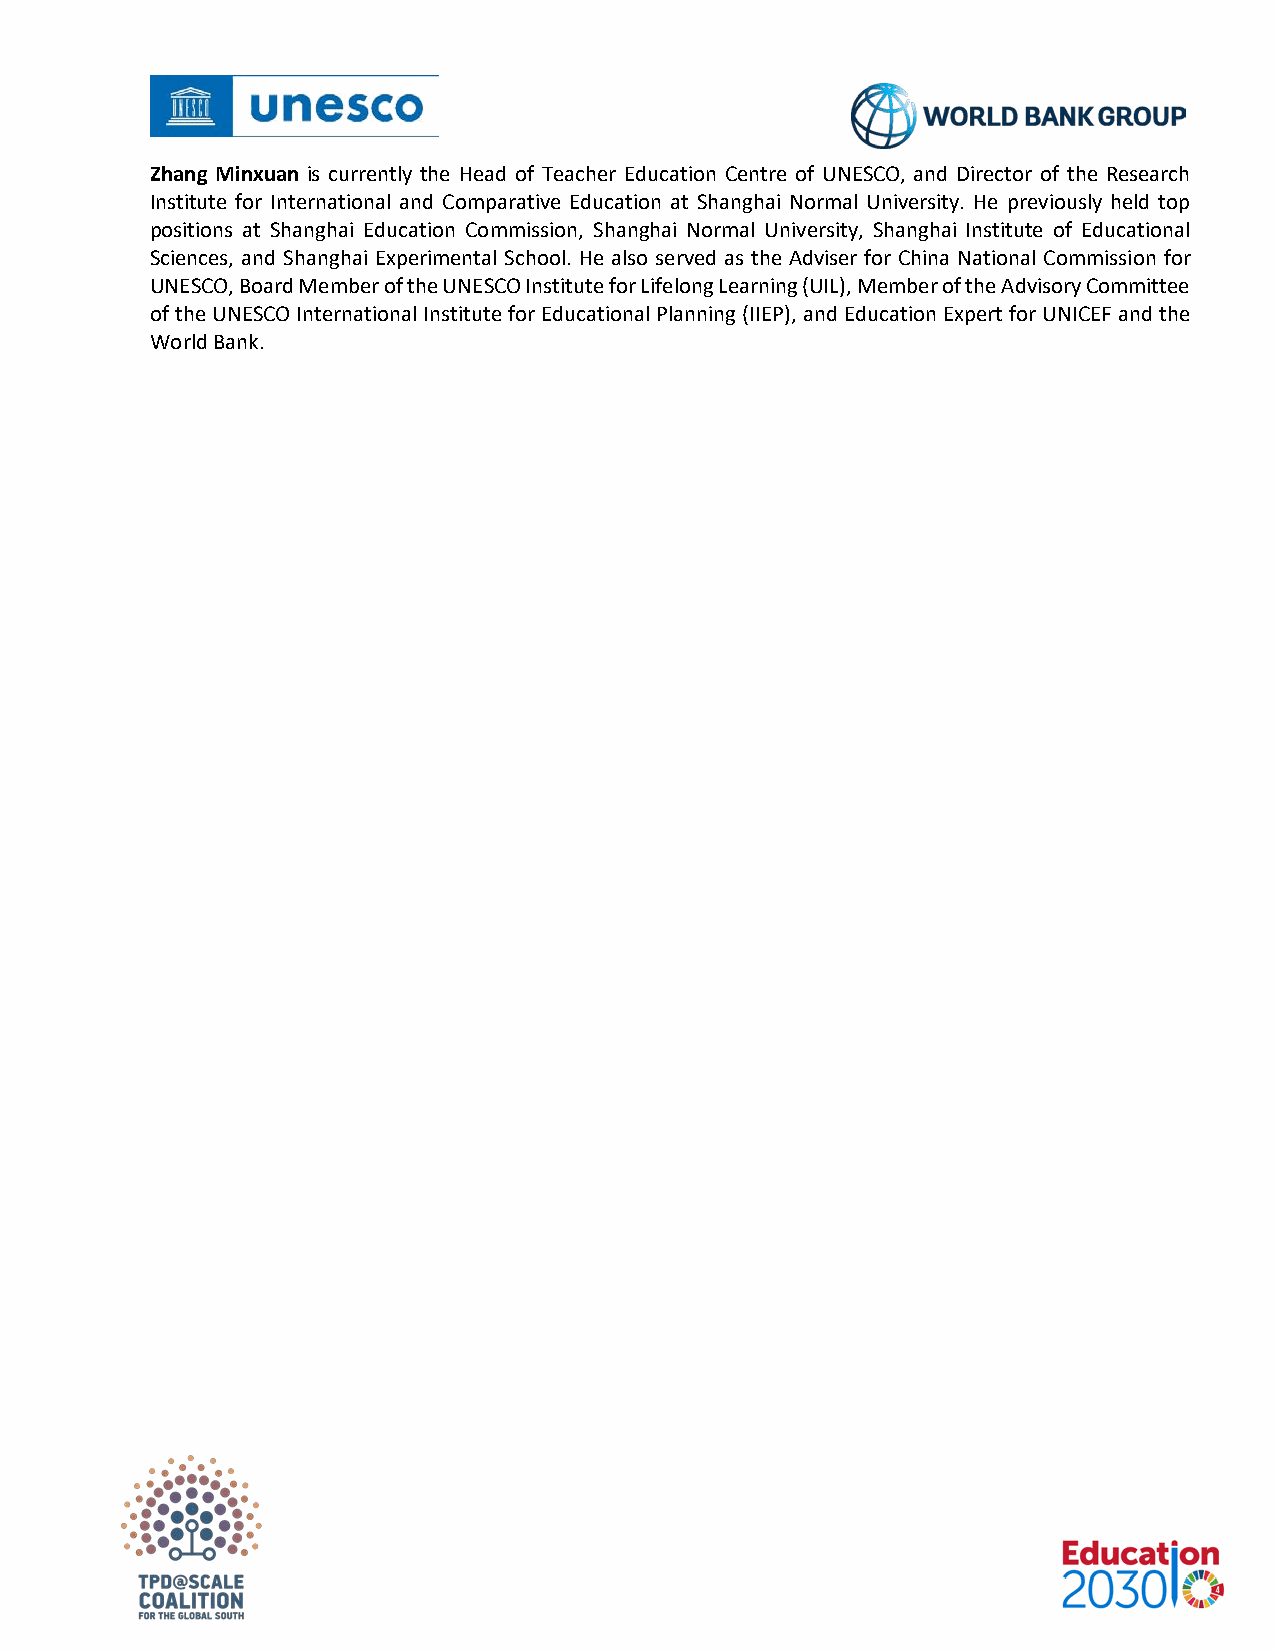
Zhang Minxuan is currently the Head of Teacher Education Centre of UNESCO, and Director of the Research
 Institute for International and Comparative Education at Shanghai Normal University. He previously held top
 positions at Shanghai Education Commission, Shanghai Normal University, Shanghai Institute of Educational
 Sciences, and Shanghai Experimental School. He also served as the Adviser for China National Commission for
 UNESCO, Board Member of the UNESCO Institute for Lifelong Learning (UIL), Member of the Advisory Committee
 of the UNESCO International Institute for Educational Planning (IIEP), and Education Expert for UNICEF and the
 World Bank.